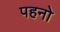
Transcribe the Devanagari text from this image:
पहनो